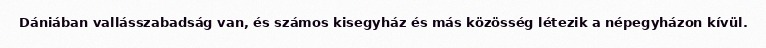
Dániában vallásszabadság van, és számos kisegyház és más közösség létezik a népegyházon kívül.